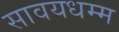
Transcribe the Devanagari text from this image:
सावयधम्म